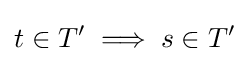
t\in T'\implies s\in T'